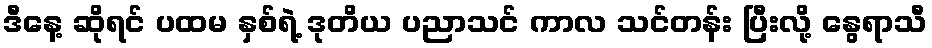
ဒီနေ့ ဆိုရင် ပထမ နှစ်ရဲ့ ဒုတိယ ပညာသင် ကာလ သင်တန်း ပြီးလို့ နွေရာသီ